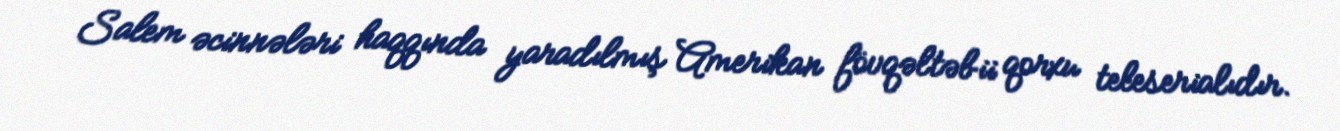
Salem əcinnələri haqqında yaradılmış Amerikan fövqəltəbii qorxu teleserialıdır.